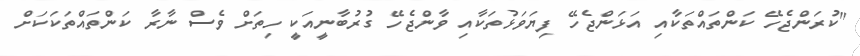
"ކުރަންޖެހޭ ކަންތައްތަކާއި އަޅަންޖެހޭ ފިޔަވަޅުތަކާއި ވާންޖެހޭ ގުރުބާނީއަކީ ހިތަށް ވެސް ނާރާ ކަންތައްތަކަކަށް